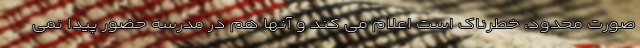
صورت محدود، خطرناک است اعلام می کند و آنها هم در مدرسه حضور پیدا نمی